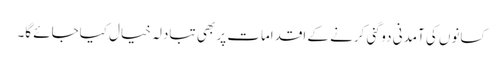
کسانوں کی آمدنی دوگنی کرنے کے اقدامات پر بھی تبادلہ خیال کیاجائے گا۔